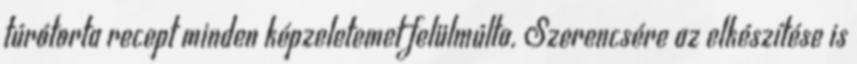
túrótorta recept minden képzeletemet felülmúlta. Szerencsére az elkészítése is